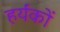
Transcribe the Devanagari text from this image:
हर्यंकों